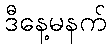
ဒီနေ့မနက်